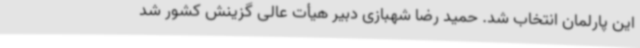
این پارلمان انتخاب شد. حمید رضا شهبازی دبیر هیأت عالی گزینش کشور شد